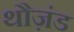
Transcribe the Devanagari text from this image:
थौज़ंड